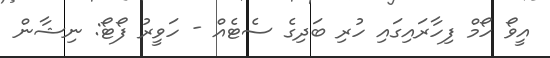
އީވޯ ހޯމް ފިހާރައިގައި ހުރި ބަދިގެ ސެޓެއް - ހަވީރު ފޯޓޯ: ނިޝާން